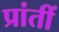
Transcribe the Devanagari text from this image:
प्रांतीं